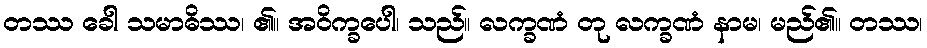
တဿ ခေါ သမာဓိဿ၊ ၏။ အဝိက္ခပေါ၊ သည်။ လက္ခဏံ တု လက္ခဏံ နာမ၊ မည်၏။ တဿ၊